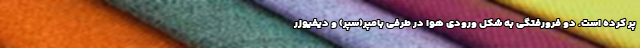
پر کرده است. دو فرورفتگی به شکل ورودی هوا در طرفی بامپر(سپر) و دیفیوزر